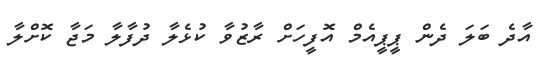
އާދެ ބަލަ ދެން ޕީޕީއެމް އޮފީހަށް ރާޒުވާ ކުޅެލާ ދުފާލާ މަޖާ ކޮށްލާ